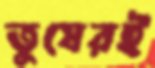
তুষেরই